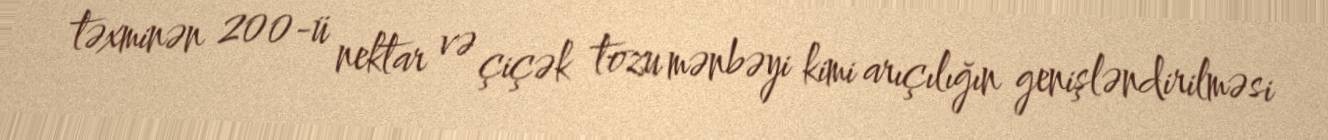
təxminən 200-ü nektar və çiçək tozu mənbəyi kimi arıçılığın genişləndirilməsi